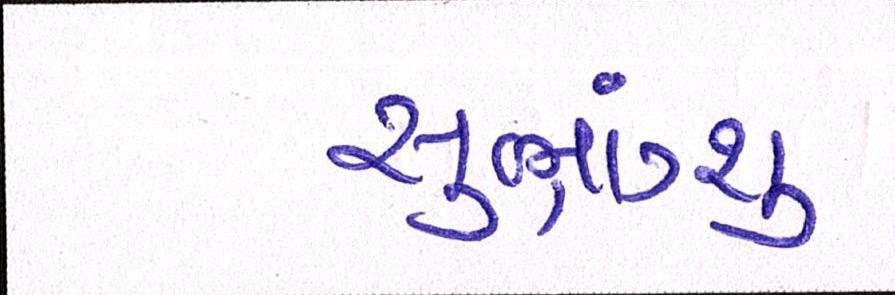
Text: સુભ્રાંગ્શુ